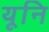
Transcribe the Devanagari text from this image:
यूनि